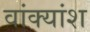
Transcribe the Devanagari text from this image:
वांक्यांश